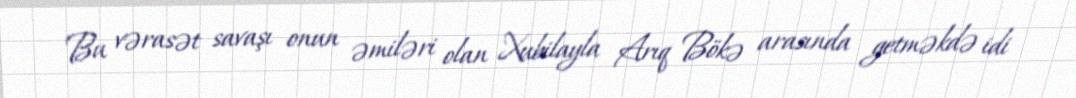
Bu vərasət savaşı onun əmiləri olan Xubilayla Arıq Bökə arasında getməkdə idi